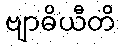
ဗျာဓိယီတိ